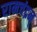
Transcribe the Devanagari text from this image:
रामचंद्रन्‌